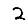
Digit: 2